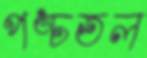
পঙ্চতল